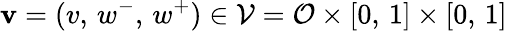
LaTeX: \mathbf{v}=(v,\, w^{-},\, w^{+})\in\mathcal{V}=\mathcal{O}\times[0,\, 1]\times[0,\, 1]